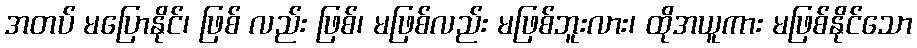
အတပ် မပြောနိုင်၊ ဖြစ် လည်း ဖြစ်၊ မဖြစ်လည်း မဖြစ်ဘူးလား၊ ထိုအယူကား မဖြစ်နိုင်သော